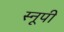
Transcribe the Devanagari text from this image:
स्नूपी